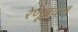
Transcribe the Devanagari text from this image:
रेणूबदल